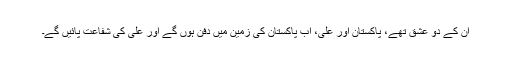
ان کے دو عشق تھے، پاکستان اور علیؑ، اب پاکستان کی زمین میں دفن ہوں گے اور علیؑ کی شفاعت پائیں گے۔